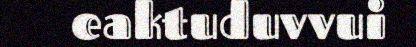
eaktuduvvui